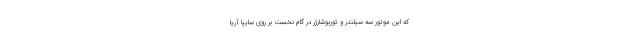
که این موتور سه سیلندر و توربوشارژر در گام نخست بر روی سایپا آریا